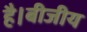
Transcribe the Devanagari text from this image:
है।बीजीय